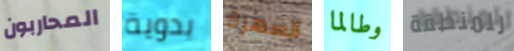
المحاربون يدوية السهرة وطالما للمنطقة